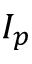
I _ { p }